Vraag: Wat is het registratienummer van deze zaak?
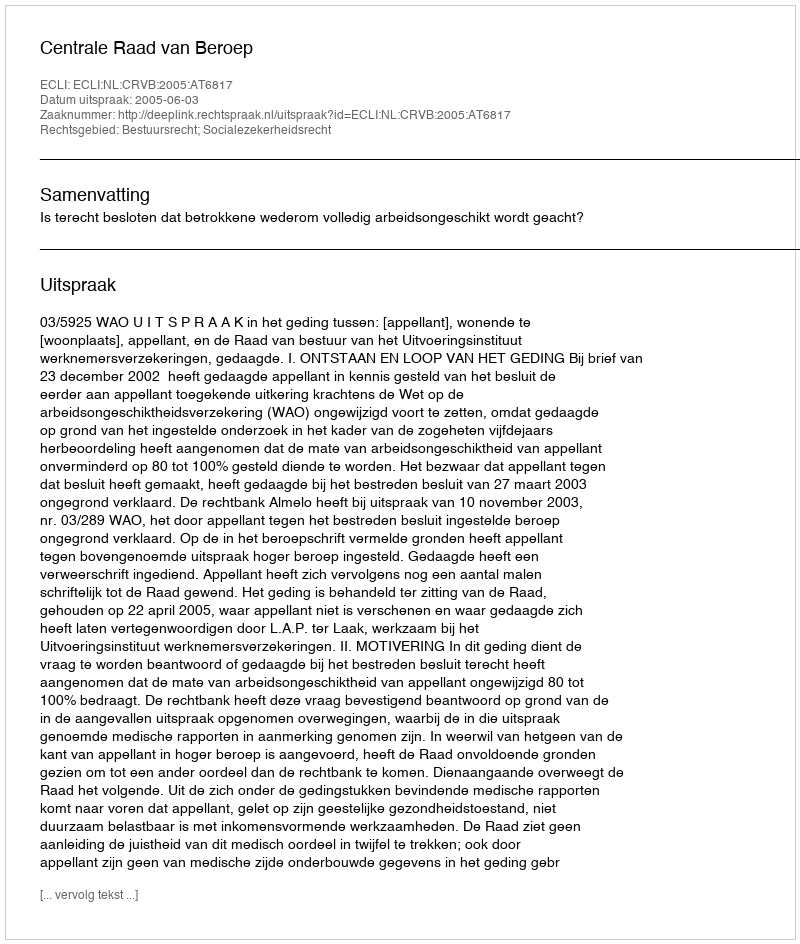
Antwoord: http://deeplink.rechtspraak.nl/uitspraak?id=ECLI:NL:CRVB:2005:AT6817